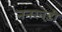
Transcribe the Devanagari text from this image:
ननखड़ी